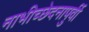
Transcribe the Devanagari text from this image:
नाभीच्छेदनापुर्वी